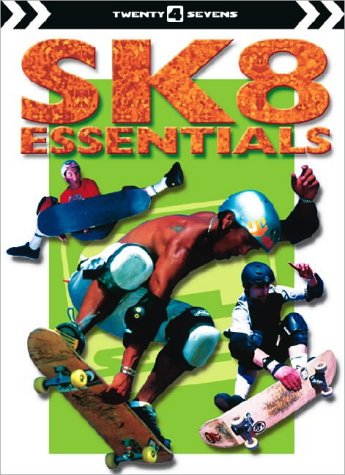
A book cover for Sk8 Essentials (Twenty4seven); M. Saiz; Children's Books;